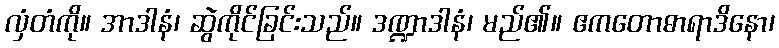
လှံတံကို။ အာဒါနံ၊ ဆွဲကိုင်ခြင်းသည်။ ဒဏ္ဍာဒါနံ၊ မည်၏။ ဧကတောဓာရာဒိနော၊